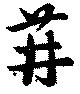
苒